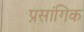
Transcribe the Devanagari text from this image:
प्रसांगिक